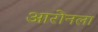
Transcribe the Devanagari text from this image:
आरोनला